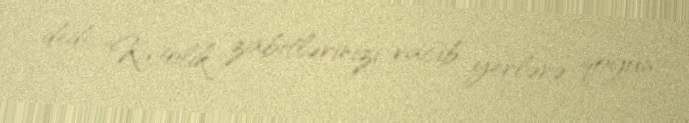
dedi: "Katolik zabitlərinizi vacib yerlərə qoyun.